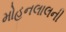
મોહનલાલની